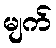
မျက်